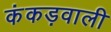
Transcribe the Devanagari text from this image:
कंकड़वाली